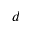
d